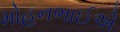
મોહનભાઈએ